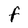
Character: F